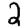
Digit: 2